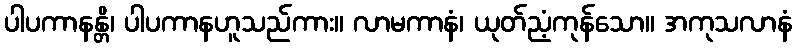
ပါပကာနန္တိ၊ ပါပကာနဟူသည်ကား။ လာမကာနံ၊ ယုတ်ညံ့ကုန်သော။ အကုသလာနံ